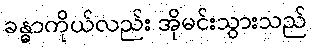
ခန္ဓာကိုယ်လည်း အိုမင်းသွားသည်